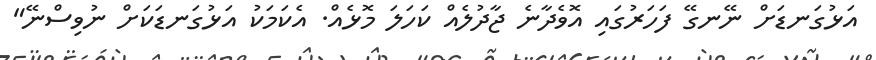
އަޅުގަނޑަށް ނޭނގޭ ފަހަރުގައި އޮވެދާނެ ޖާދުލެއް ކަހަލަ މޮޅެއް. އެކަމަކު އަޅުގަނޑަކަށް ނުވިސްނޭ"